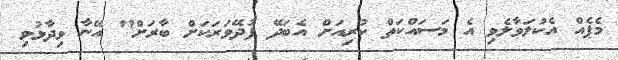
މެޕެއް އެކުލަވާލެވި އެ މަސައްކަތް ކުރިއަށް އެބަދޭ ފުދޭވަރަކަށް ބާރަށް" އޭނާ ވިދާޅުވި